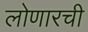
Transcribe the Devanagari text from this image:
लोणारची